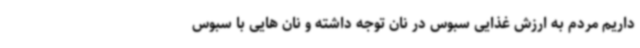
داریم مردم به ارزش غذایی سبوس در نان توجه داشته و نان هایی با سبوس